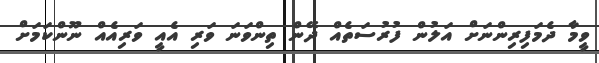
ވީމާ ދެމަފިރިންނަށް އަލުން ފުރުސަތެއް ދޭން ތިންވަނަ ވަރި އެއީ ވަރިއެއް ނޫންކަމަށް